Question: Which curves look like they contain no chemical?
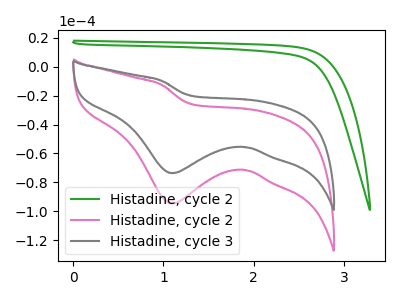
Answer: <think>The green curve "Histadine, cycle 2" has no peaks. The pink curve "Histadine, cycle 2" has a cathodic peak at: (1.10V, -94.55uA). The gray curve "Histadine, cycle 3" has a cathodic peak at: (1.10V, -73.60uA).</think>
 <answer>"Histadine, cycle 2" is likely to be a blank.</answer>
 <eval>Histadine, cycle 2</eval>